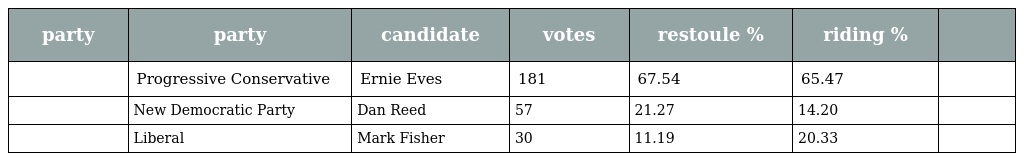
| party | party | candidate | votes | restoule % | riding % |  |
 | --- | --- | --- | --- | --- | --- | --- |
 |  | Progressive Conservative | Ernie Eves | 181 | 67.54 | 65.47 |  |
 |  | New Democratic Party | Dan Reed | 57 | 21.27 | 14.20 |  |
 |  | Liberal | Mark Fisher | 30 | 11.19 | 20.33 |  |